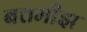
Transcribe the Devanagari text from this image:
बत्तमीझ